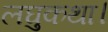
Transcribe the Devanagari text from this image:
लघुकथा।